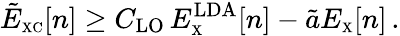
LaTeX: \tilde{E}_{\scriptscriptstyle\mathrm{XC}}[n]\geq C_{\mathrm{LO}}\, E_{\scriptscriptstyle\mathrm{X}}^{\mathrm{LDA}}[n]-\tilde{a}E_{\scriptscriptstyle\mathrm{X}}[n]\, .